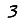
Digit: 3